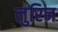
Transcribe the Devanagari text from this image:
लुरिन